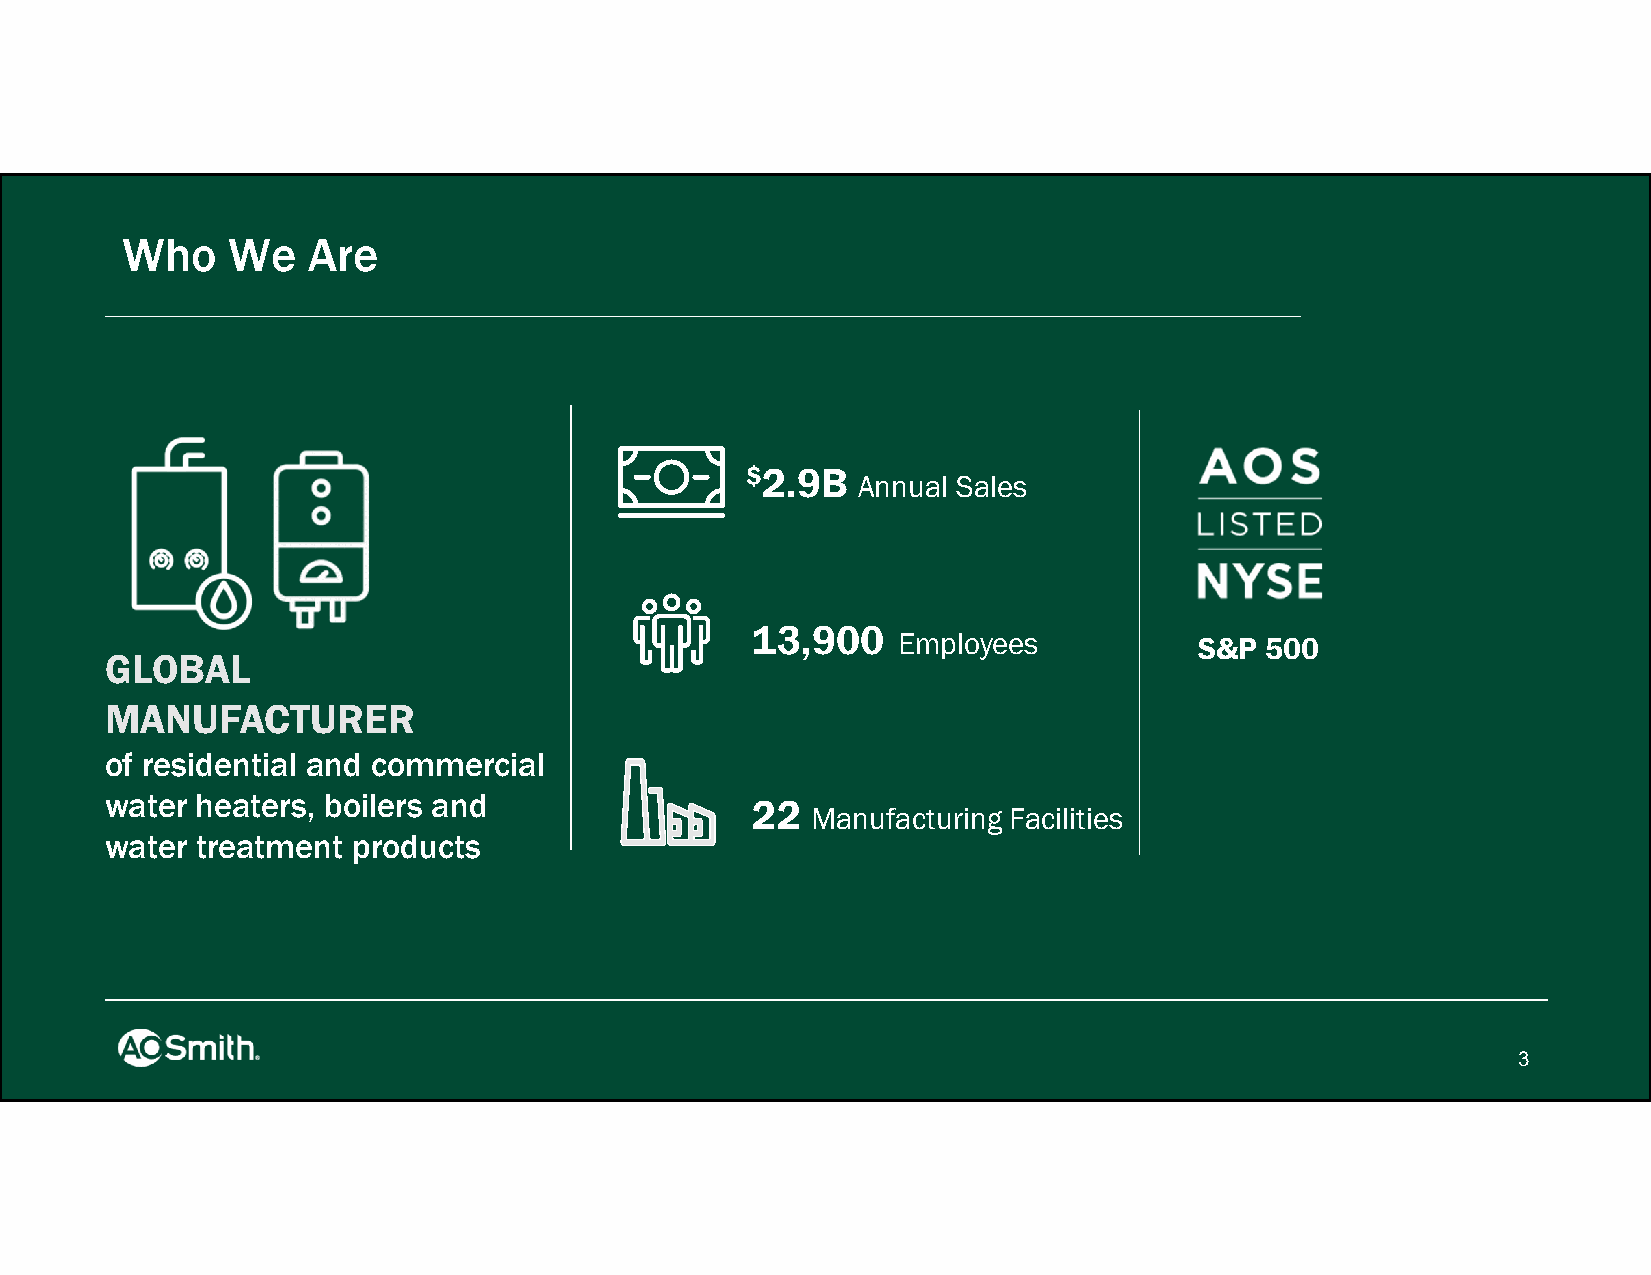
Who    We   Are
 $2.9B
 Annual Sales
 13,900
 Employees           S&P  500
 GLOBAL
 MANUFACTURER
 of residential and commercial
 water heaters, boilers and
 22
 Manufacturing Facilities
 water treatment products
 3